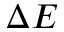
\Delta E